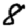
Digit: 8